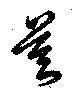
莫